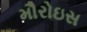
મૌરોઇસ